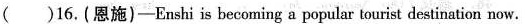
( )16.(恩施)-Enshi is becoming a popular tourist destination now.